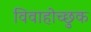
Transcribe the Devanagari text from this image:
विवाहोच्छुक